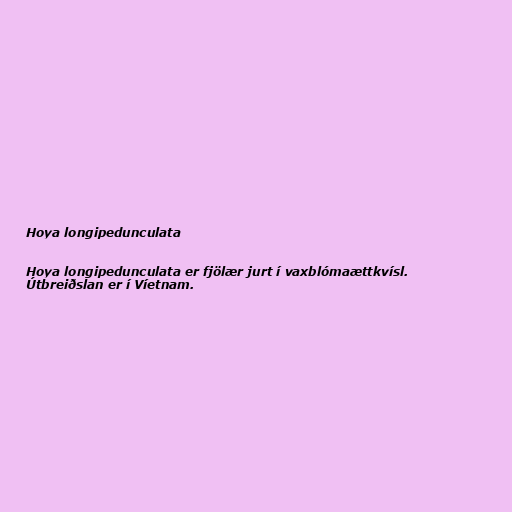
Hoya longipedunculata

Hoya longipedunculata er fjölær jurt í vaxblómaættkvísl.
Útbreiðslan er í Víetnam.